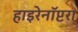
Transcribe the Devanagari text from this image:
हाइरेनॉप्टरा